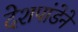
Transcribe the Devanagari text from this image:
देशपांडेने